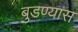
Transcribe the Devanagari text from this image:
बुडण्यास